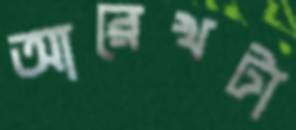
আরেখটা